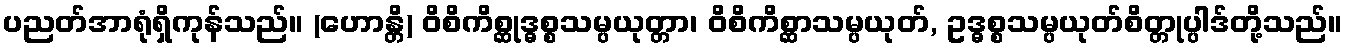
ပညတ်အာရုံရှိကုန်သည်။ (ဟောန္တိ) ဝိစိကိစ္ဆုဒ္ဓစ္စသမ္ပယုတ္တာ၊ ဝိစိကိစ္ဆာသမ္ပယုတ်, ဥဒ္ဓစ္စသမ္ပယုတ်စိတ္တုပ္ပါဒ်တို့သည်။